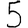
Digit: 5